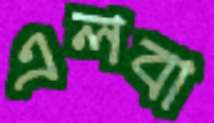
এলবা